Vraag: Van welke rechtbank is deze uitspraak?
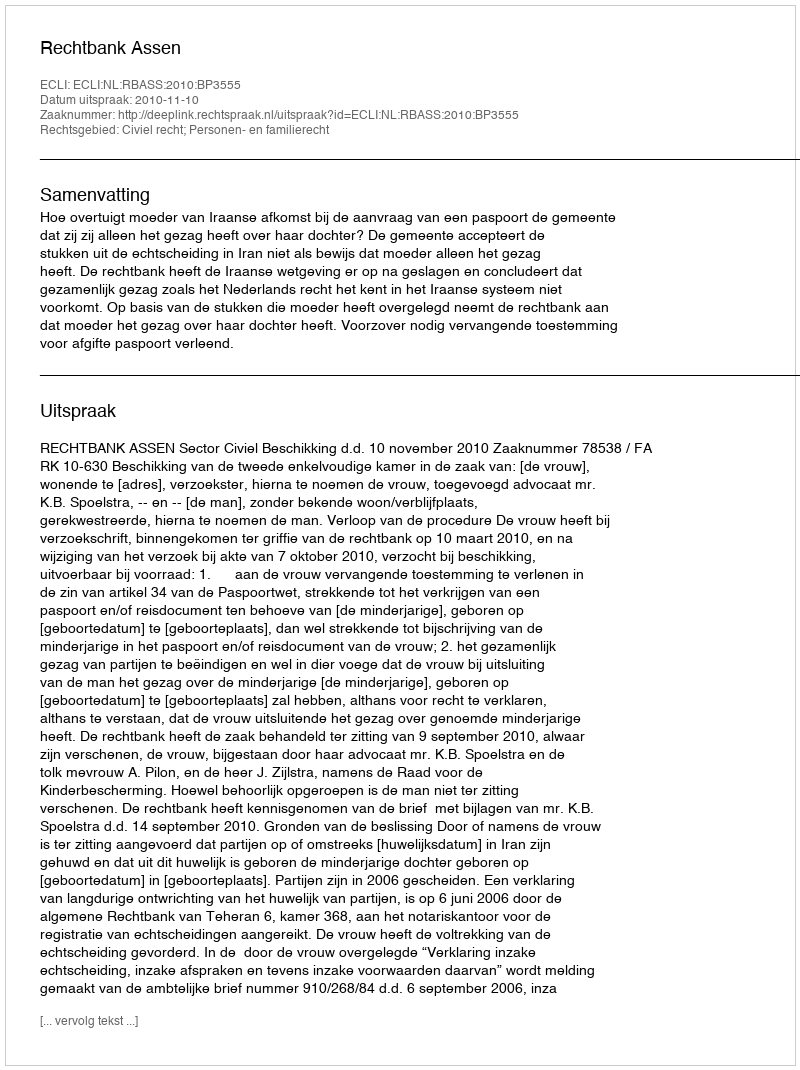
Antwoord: Rechtbank Assen